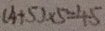
( 4 + 5 ) \times 5 = 4 5